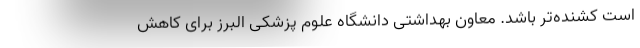
است کشنده‌تر باشد. معاون بهداشتی دانشگاه علوم پزشکی البرز برای کاهش